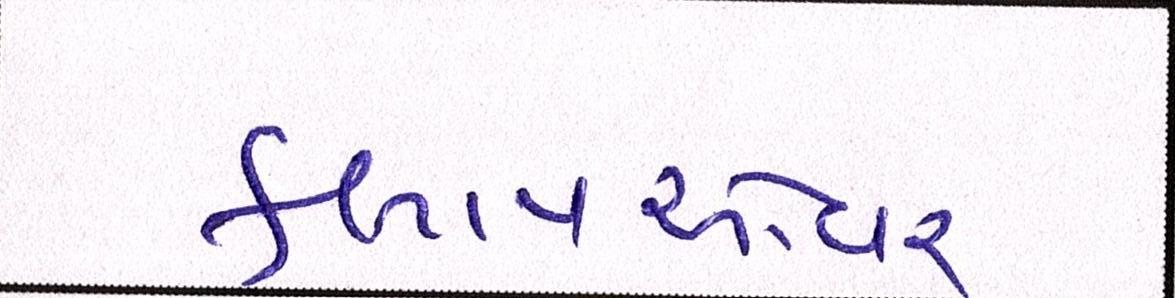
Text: ફ્લાયઓવર